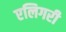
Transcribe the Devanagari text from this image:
एलिगरी